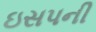
ઇસપની